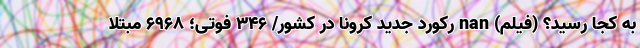
به کجا رسید؟ (فیلم) nan رکورد جدید کرونا در کشور/ ۳۴۶ فوتی؛ ۶۹۶۸ مبتلا